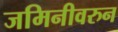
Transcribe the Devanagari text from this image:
जमिनीवरुन